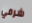
شرفي